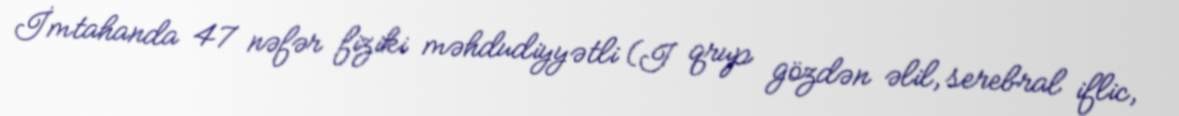
İmtahanda 47 nəfər fiziki məhdudiyyətli (I qrup gözdən əlil, serebral iflic,